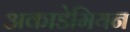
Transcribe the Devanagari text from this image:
अकाडेमियन